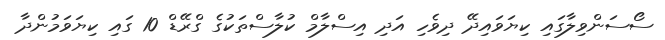
ސޯސަންވިލާގައި ކިޔަވައިދޭ ދިވެހި އަދި އިސްލާމް ކުލާސްތަކުގެ ގްރޭޑް 10 ގައި ކިޔަވަމުންދާ